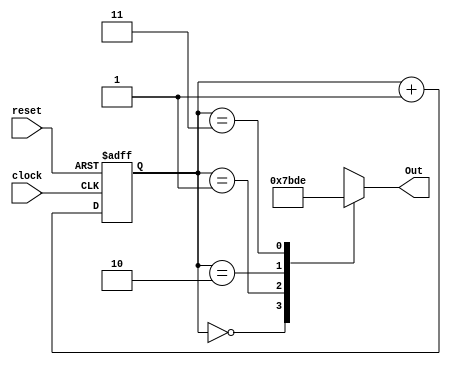
module Ring_Counter(Out,clock, reset);
input reset, clock;
output [3:0] Out;
reg [3:0] Out;
reg [1:0] counter;
always @ (posedge reset or posedge clock)begin
if (reset == 1'b1) counter <= 0;
else counter <= counter + 1;
end
always @ (Out)begin
case (counter)
2'b00: Out<=4'b0111;
2'b01: Out<=4'b1011;
2'b10: Out<=4'b1101;
2'b11: Out<=4'b1110;
endcase
end
endmodule